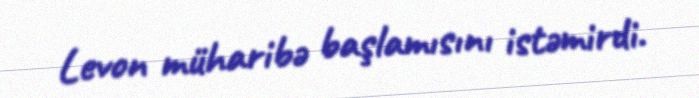
Levon müharibə başlamısını istəmirdi.